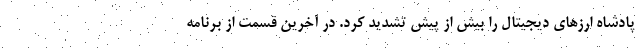
پادشاه ارزهای دیجیتال را بیش از پیش تشدید کرد. در آخرین قسمت از برنامه